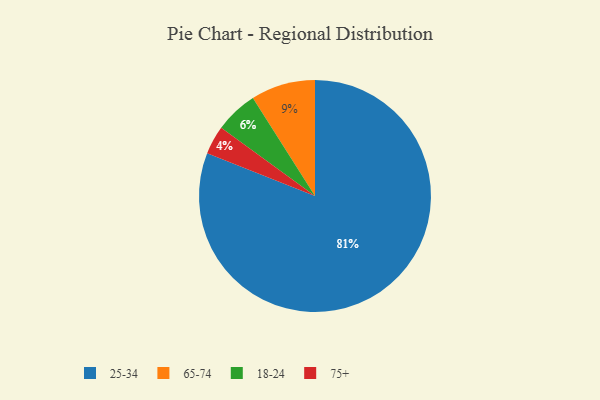
{"axis": {"x": "Category", "y": "Percentage"}, "legend": ["18-24", "25-34", "65-74", "75+"], "data": [{"x": "25-34", "y": 81, "type": "25-34"}, {"x": "65-74", "y": 9, "type": "65-74"}, {"x": "75+", "y": 4, "type": "75+"}, {"x": "18-24", "y": 6, "type": "18-24"}]}